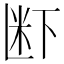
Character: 𮇊